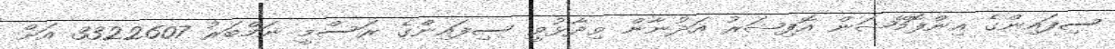
ސިފައިންގެ އިންފޮމޭޝަން އޮފިޝަރު އަދުނާން ވިދާޅުވީ ސިފައިންގެ ރަސްމީ ނަމްބަރު 3322607 އަށް